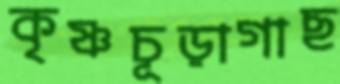
কৃষ্ণচূড়াগাছ